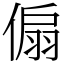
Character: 傓